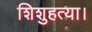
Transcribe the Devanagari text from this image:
शिशुहत्या।